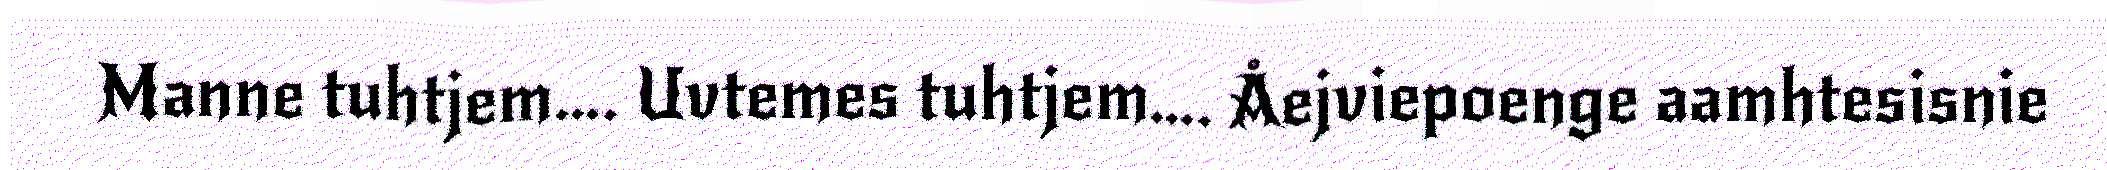
Manne tuhtjem…. Uvtemes tuhtjem…. Åejviepoenge aamhtesisnie